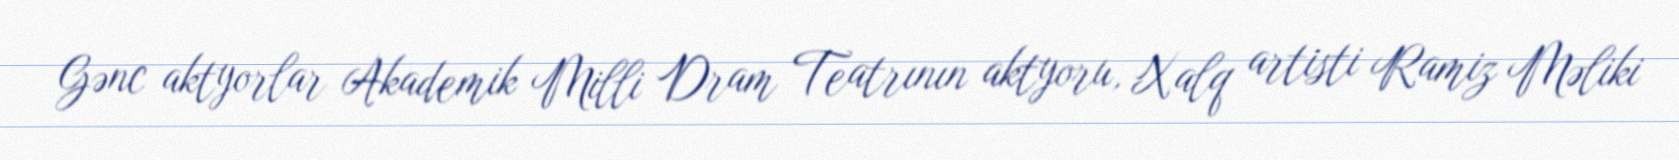
Gənc aktyorlar Akademik Milli Dram Teatrının aktyoru, Xalq artisti Ramiz Məliki